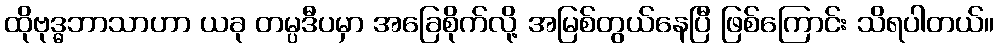
ထိုဗုဒ္ဓဘာသာဟာ ယခု တမ္ပဒီပမှာ အခြေစိုက်လို့ အမြစ်တွယ်နေပြီ ဖြစ်ကြောင်း သိရပါတယ်။